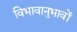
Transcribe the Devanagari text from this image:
विभावानुभावों